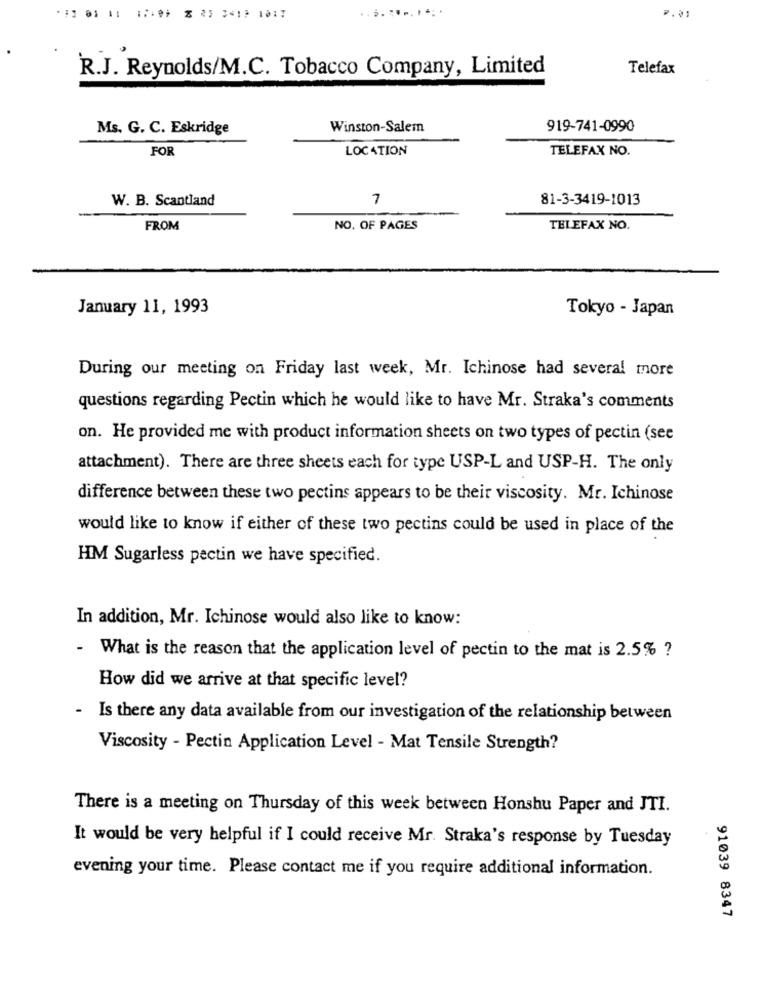
P.01
R.J. Reynolds/M.C. Tobacco Company, Limited
Telefax
Ms. G. C. Eskridge
Winston-Salem
919-741-0990
FOR
LOCATION
TELEFAX NO.
W. B. Scantland
7
81-3-3419-1013
FROM
NO. OF PAGES
TELEFAX NO.
January 11, 1993
Tokyo - Japan
During our meeting on Friday last week, Mr. Ichinose had several more
questions regarding Pectin which he would like to have Mr. Straka's comments
on. He provided me with product information sheets on two types of pectin (see
attachment). There are three sheets each for type USP-L and USP-H. The only
difference between these two pectins appears to be their viscosity. Mr. Ichinose
would like to know if either of these two pectins could be used in place of the
HM Sugarless pectin we have specified.
In addition, Mr. Ichinose would also like to know:
- What is the reason that the application level of pectin to the mat is 2.5% ?
How did we arrive at that specific level?
- Is there any data available from our investigation of the relationship between
Viscosity - Pectin Application Level - Mat Tensile Strength?
There is a meeting on Thursday of this week between Honshu Paper and JTI.
It would be very helpful if I could receive Mr. Straka's response by Tuesday
evening your time. Please contact me if you require additional information.
91039 8347